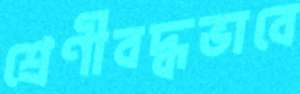
শ্রেণীবদ্ধভাবে